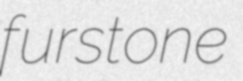
furstone